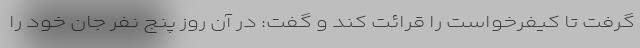
گرفت تا کیفرخواست را قرائت کند و گفت: در آن روز پنج نفر جان خود را